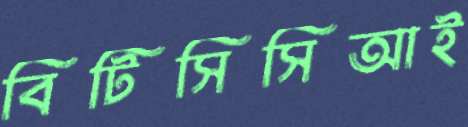
বিটিসিসিআই